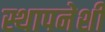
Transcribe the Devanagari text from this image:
स्थापनेशी